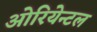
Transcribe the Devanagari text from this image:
ओरियेन्टल